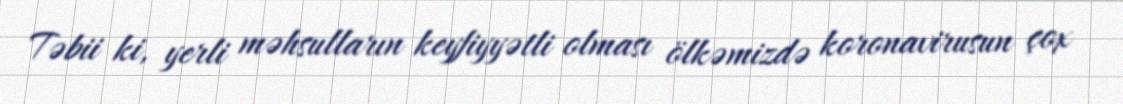
Təbii ki, yerli məhsulların keyfiyyətli olması ölkəmizdə koronavirusun çox